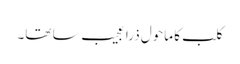
کلب کا ماحول ذرا عجیب سا تھا۔